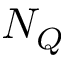
N _ { Q }